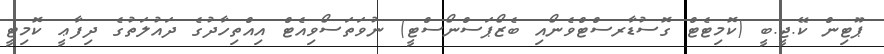
ޕޫޓިން ކޭ.ޖީ.ބީ (ކޮމިޓެޓް ގޮސުޑާރސްޓްވެނޯއި ބެޒޯޕަސްނޯސްޓީ) ނުވަތަސޯވިއެޓް އިއްތިހާދުގެ ދައުލަތުގެ ދިފާޢީ ކޮމިޓީ